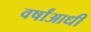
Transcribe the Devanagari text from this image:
वर्षांआधी